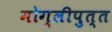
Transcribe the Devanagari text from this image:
मोग्लीपुत्त